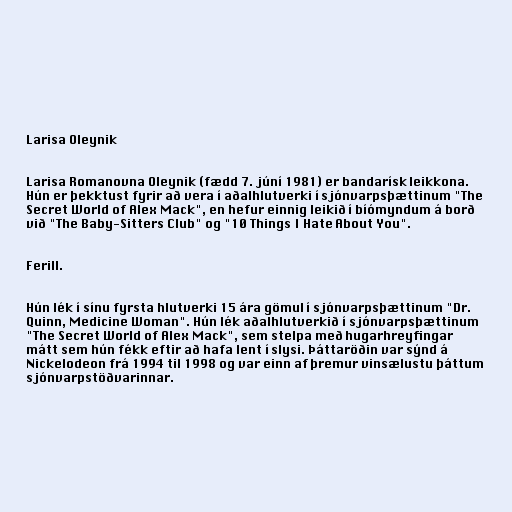
Larisa Oleynik

Larisa Romanovna Oleynik (fædd 7. júní 1981) er bandarísk leikkona.
Hún er þekktust fyrir að vera í aðalhlutverki í sjónvarpsþættinum "The
Secret World of Alex Mack", en hefur einnig leikið í bíómyndum á borð
við "The Baby-Sitters Club" og "10 Things I Hate About You".

Ferill.

Hún lék í sínu fyrsta hlutverki 15 ára gömul í sjónvarpsþættinum "Dr.
Quinn, Medicine Woman". Hún lék aðalhlutverkið í sjónvarpsþættinum
"The Secret World of Alex Mack", sem stelpa með hugarhreyfingar
mátt sem hún fékk eftir að hafa lent í slysi. Þáttaröðin var sýnd á
Nickelodeon frá 1994 til 1998 og var einn af þremur vinsælustu þáttum
sjónvarpstöðvarinnar.